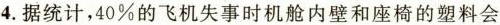
4.据统计，40%的飞机失事时机舱内壁和座椅的塑料会